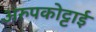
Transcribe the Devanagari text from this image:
अरुपकोट्टाई